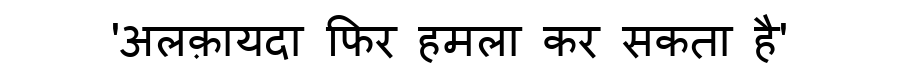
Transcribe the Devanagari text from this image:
'अलक़ायदा फिर हमला कर सकता है'